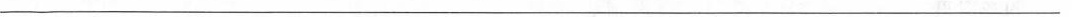
___